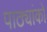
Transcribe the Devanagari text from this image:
पाठ्यांको